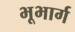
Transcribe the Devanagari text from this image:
भूभार्ग